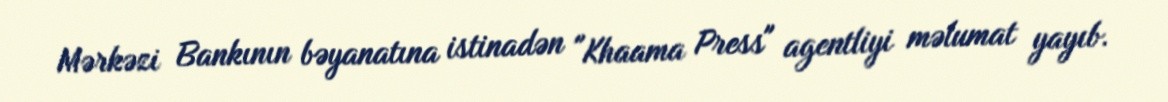
Mərkəzi Bankının bəyanatına istinadən "Khaama Press" agentliyi məlumat yayıb.